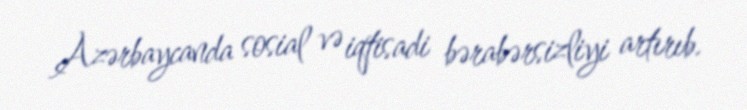
Azərbaycanda sosial və iqtisadi bərabərsizliyi artırıb.